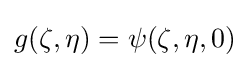
g(\zeta ,\eta )=\psi (\zeta ,\eta ,0)